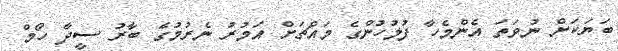
ބަޔަކަށް ނުވަތަ އެންމެހާ ފުލުހުންގެ މައްޗަށް އަމުރު ނެރުމުގެ ބާރު ސީދާ ހޯމް